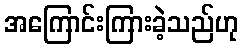
အကြောင်းကြားခဲ့သည်ဟု